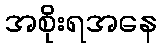
အစိုးရအနေ